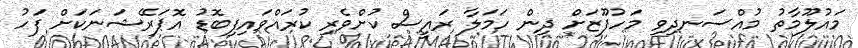
މައުލޫމާތު މުއްސަނދިވި މަހުފޫޒަށް ދިން ހަމަލާ ރައީސް ކުށްވެރި ކުރައްވައިފިބޮޑު އޮޕަރޭޝަނަކަށް ފަހު